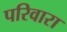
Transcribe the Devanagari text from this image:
परिवारा